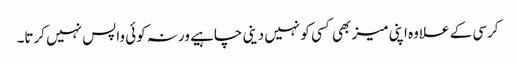
کرسی کے علاوہ اپنی میز بھی کسی کو نہیں دینی چاہیے ورنہ کوئی واپس نہیں کرتا۔